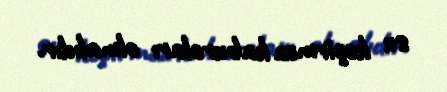
su keçirməz kaburoları olmalıdır.